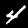
Label: 4